Insane asylums in Bengal annual reports 1876-1887 - 1876-1887
Year: 1876
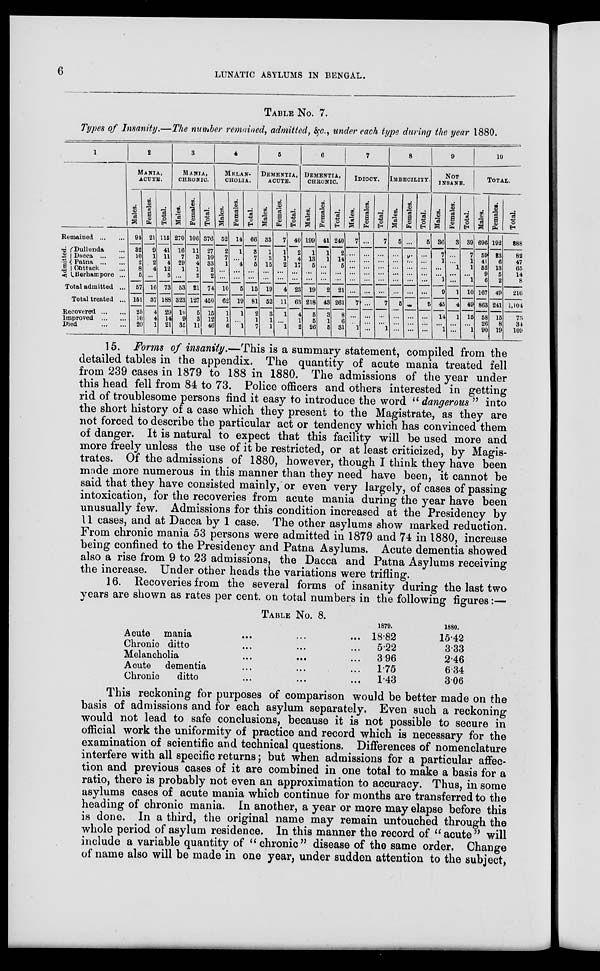
6
LUNATIC ASYLUMS IN BENGAL.
TABLE NO. 7.
Types of Insanity.—The number remained, admitted, &c., under each type during the year 1880.
1
Remained
Admitted.
Dullanda ...
Dacca
Patna
Cuttack
Berhampore ...
Total admitted ...
Total treated ...
Recovered
Improved
Died
2
MANIA,
ACUTE.
Males.
94
32
10
2
8
5
57
161
25
10
20
Females.
21
9
1
2
4
...
16
37
4
4
1
Total.
115
41
11
4
12
5
73
188
29
14
21
3
MANIA,
CHRONIC.
Males.
270
16
7
29
1
...
53
323
10
9
35
Females.
106
11
3
4
1
2
21
127
5
3
11
Total.
376
27
10
33
2
2
74
450
15
12
46
4
MELAN-
------.
Males.
52 2
7
1
...
...
10
62
1
1
6
Females.
14
1
...
4
...
...
5
19
1
...
1
Total.
66
3
7
6
...
...
15
81
2
1
1
5
DEMENTIA,
ACUTE.
Males.
33
1
3
15
...
...
19
52
3
1
1
Females.
7
1
1
2
...
...
4
11
1
...
1
Total.
40
2
4
17
...
...
23
63
4
1
2
6
DEMENTIA,
CHRONIC.
Males.
199
1
13
5
...
...
19
218
5
5
26
Females.
41
1
1
...
...
...
2
43
3
1
5
Total.
240
2
14
5
...
...
21
261
8
6
31
7
IDIOCY.
Males.
7
...
...
...
...
...
...
7
...
...
1
Females.
...
...
...
...
...
...
...
...
...
...
...
Total.
7
...
...
...
...
...
...
7
...
...
1
8
IMBECILITY.
Males.
5
...
...
...
...
...
...
5
...
...
...
Females.
...
...
...
...
...
...
...
...
...
...
...
Total.
5
...
...
...
...
...
...
5
...
...
...
9
NOT
INSANE.
Males.
36
7
1
...
...
1
9
45
14
...
1
Females.
3
...
...
1
...
...
1
4
1
...
...
Total.
39
7
1
1
...
1
10
49
15
...
1
10
TOTAL.
Males.
696
59
41
52
9
6
167
863
58
26
90
Females.
192
23
6
13
5
2
49
241
15
8
19
Total.
888
82
47
65
14
8
216
1,104
73
34
109
15. Forms of insanity.—This is a summary statement, compiled from the
detailed tables in the appendix. The quantity of acute mania treated fell
from 239 cases in 1879 to 188 in 1880. The admissions of the year under
this head fell from 84 to 73. Police officers and others interested in getting
rid of troublesome persons find it easy to introduce the word “ dangerous ” into
the short history of a case which they present to the Magistrate, as they are
not forced to describe the particular act or tendency which has convinced them
of danger. It is natural to expect that this facility will be used more and
more freely unless the use of it be restricted, or at least criticized, by Magis-
trates. Of the admissions of 1880, however, though I think they have been
made more numerous in this manner than they need have been, it cannot be
said that they have consisted mainly, or even very largely, of cases of passing
intoxication, for the recoveries from acute mania during the year have been
unusually few. Admissions for this condition increased at the Presidency by
11 cases, and at Dacca by 1 case. The other asylums show marked reduction.
From chronic mania 53 persons were admitted in 1879 and 74 in 1880, increase
being confined to the Presidency and Patna Asylums. Acute dementia showed
also a rise from 9 to 23 admissions, the Dacca and Patna Asylums receiving
the increase. Under other heads the variations were trifling.
16. Recoveries from the several forms of insanity during the last two
years are shown as rates per cent. on total numbers in the following figures:—
TABLE NO. 8.
Acute mania
... ... ...
Chronic ditto ... ... ...
Melancholia ... ... ...
Acute dementia ... ... ...
Chronic
ditto ... ... ...
1879.
18.82
5.22
3.96
1.75
1.43
1880.
15.42
3.33
2.46
6.34
3.06
This reckoning for purposes of comparison would be better made on the
basis of admissions and for each asylum separately. Even such a reckoning
would not lead to safe conclusions, because it is not possible to secure in
official work the uniformity of practice and record which is necessary for the
examination of scientific and technical questions. Differences of nomenclature
interfere with all specific returns; but when admissions for a particular affec-
tion and previous cases of it are combined in one total to make a basis for a
ratio, there is probably not even an approximation to accuracy. Thus, in some
asylums cases of acute mania which continue for months are transferred to the
heading of chronic mania. In another, a year or more may elapse before this
is done. In a third, the original name may remain untouched through the
whole period of asylum residence. In this manner the record of “acute” will
include a variable quantity of “chronic” disease of the same order. Change
of name also will be made in one year, under sudden attention to the subject,